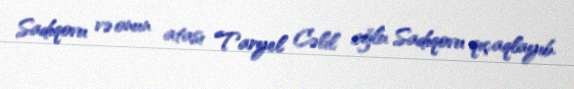
Sadıqovu və onun atası Taryel Cəlil oğlu Sadıqovu qıçaqlayıb.